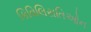
કિવિલિસતિઓન